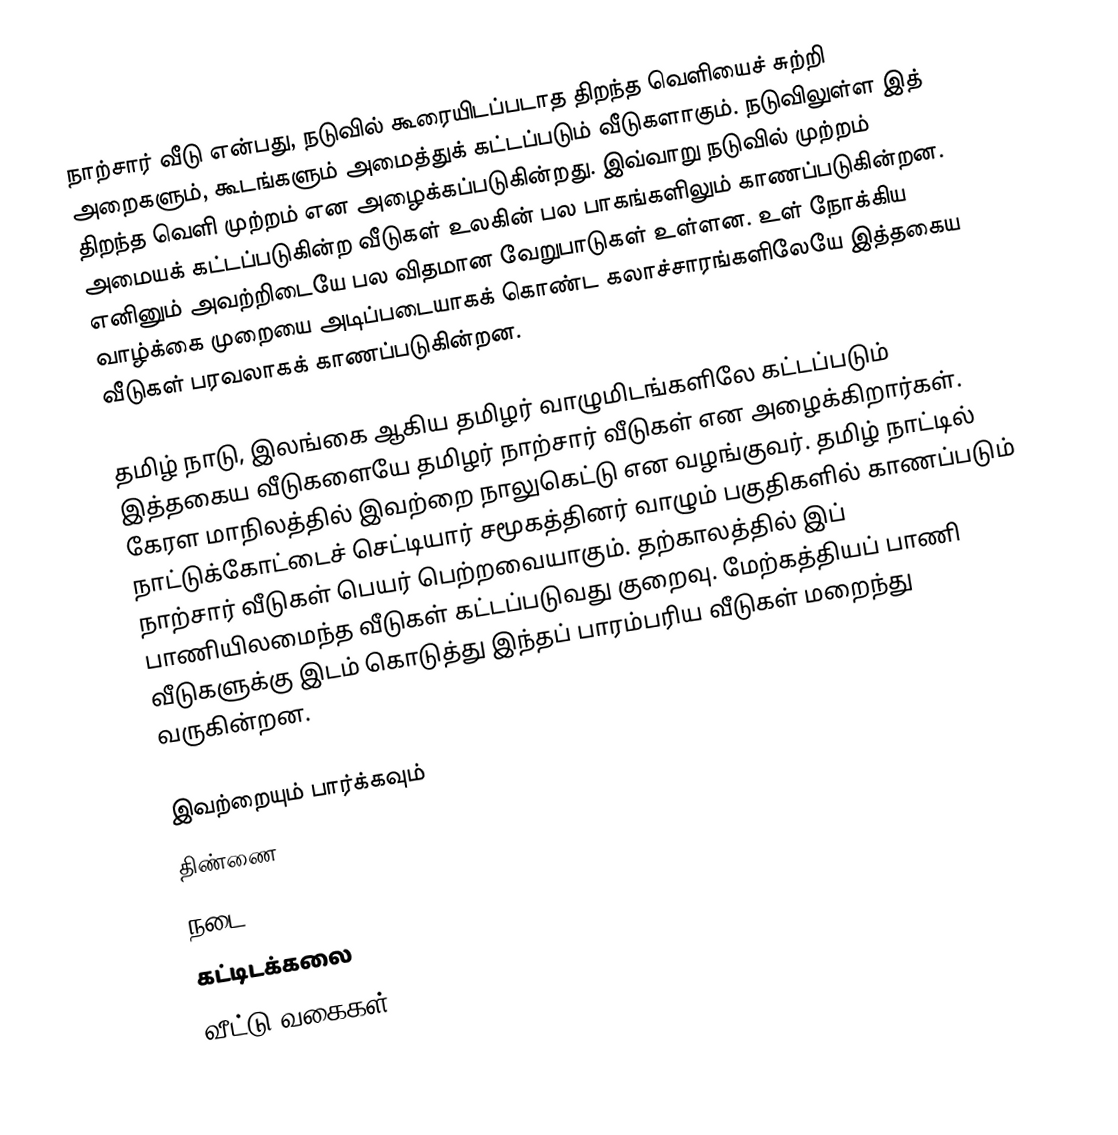
நாற்சார் வீடு என்பது, நடுவில் கூரையிடப்படாத திறந்த வெளியைச் சுற்றி அறைகளும், கூடங்களும் அமைத்துக் கட்டப்படும் வீடுகளாகும். நடுவிலுள்ள இத் திறந்த வெளி முற்றம் என அழைக்கப்படுகின்றது. இவ்வாறு நடுவில் முற்றம் அமையக் கட்டப்படுகின்ற வீடுகள் உலகின் பல பாகங்களிலும் காணப்படுகின்றன. எனினும் அவற்றிடையே பல விதமான வேறுபாடுகள் உள்ளன. உள் நோக்கிய வாழ்க்கை முறையை அடிப்படையாகக் கொண்ட கலாச்சாரங்களிலேயே இத்தகைய வீடுகள் பரவலாகக் காணப்படுகின்றன.

தமிழ் நாடு, இலங்கை ஆகிய தமிழர் வாழுமிடங்களிலே கட்டப்படும் இத்தகைய வீடுகளையே தமிழர் நாற்சார் வீடுகள் என அழைக்கிறார்கள். கேரள மாநிலத்தில் இவற்றை நாலுகெட்டு என வழங்குவர். தமிழ் நாட்டில் நாட்டுக்கோட்டைச் செட்டியார் சமூகத்தினர் வாழும் பகுதிகளில் காணப்படும் நாற்சார் வீடுகள் பெயர் பெற்றவையாகும். தற்காலத்தில் இப் பாணியிலமைந்த வீடுகள் கட்டப்படுவது குறைவு. மேற்கத்தியப் பாணி வீடுகளுக்கு இடம் கொடுத்து இந்தப் பாரம்பரிய வீடுகள் மறைந்து வருகின்றன.

இவற்றையும் பார்க்கவும்
 திண்ணை
 நடை
கட்டிடக்கலை
வீட்டு வகைகள்